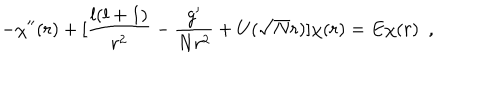
LaTeX: - \chi ^ { \prime \prime } ( r ) + [ \frac { l ( l + 1 ) } { r ^ { 2 } } - \frac { g ^ { \prime } } { N r ^ { 2 } } + U ( \sqrt { N } r ) ] \chi ( r ) = E \chi ( r ) \, \, \, ,